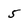
Character: 5